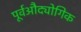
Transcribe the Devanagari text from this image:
पूर्वऔद्योगिक